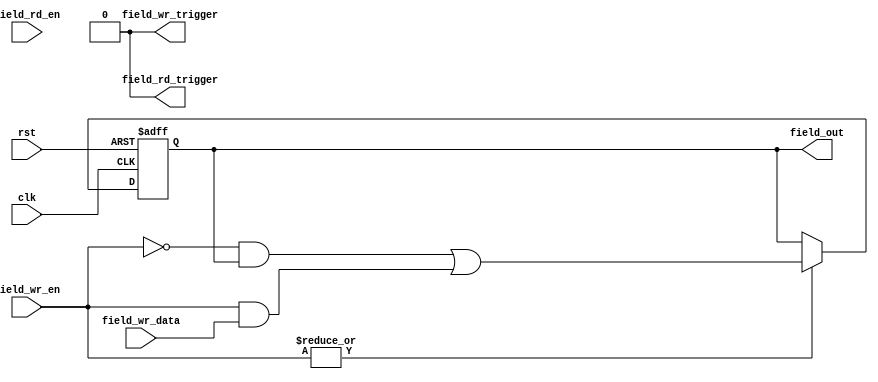
module rnaxi_rw_reg 
  (
    clk,
    rst,
    field_wr_en,
    field_rd_en,
    field_wr_data,
    field_out,
    field_rd_trigger,
    field_wr_trigger
   );

   parameter FIELD_WIDTH  = 2048;
   parameter FIELD_RST_VALUE  = 2048'h0;
   parameter FIELD_WRITE_TRIGGER  = 1'b0;
   parameter FIELD_READ_TRIGGER  = 1'b0;
   parameter FIELD_READ_CLEAR  = 1'b0;

   input clk;
   input rst;
   input [FIELD_WIDTH-1:0] field_wr_data;
   input [FIELD_WIDTH-1:0] field_wr_en;
   input [FIELD_WIDTH-1:0] field_rd_en;

   output reg [FIELD_WIDTH-1:0] field_out;
   output reg field_rd_trigger;
   output reg field_wr_trigger;
   
   wire [FIELD_WIDTH-1:0]reg_out_temp1;
   wire [FIELD_WIDTH-1:0]reg_out_temp2;
   wire read_on_clear;

   always @(posedge clk or posedge rst) begin
     if (rst) begin 
        field_out <= FIELD_RST_VALUE;
     end else if(|field_wr_en) begin
        field_out <= reg_out_temp1 | reg_out_temp2 ;
     end else if(read_on_clear) begin
        field_out <= {FIELD_WIDTH{1'h0}};
     end
   end

  assign reg_out_temp1 = (~field_wr_en) & field_out;
  assign reg_out_temp2 = (field_wr_en & field_wr_data);
  
  generate 
  	if (FIELD_READ_CLEAR) begin
	  assign read_on_clear = |field_rd_en;
	end else begin
	  assign read_on_clear = 1'b0;
	end
  endgenerate

  generate 
  	if (FIELD_WRITE_TRIGGER) begin
	  assign field_wr_trigger = |field_wr_en;
	end else begin
	  assign field_wr_trigger = 1'b0;
	end
  endgenerate
  
  generate 
  	if (FIELD_READ_TRIGGER) begin
	  assign field_rd_trigger = |field_rd_en;
	end else begin
	  assign field_rd_trigger = 1'b0;
	end
  endgenerate

endmodule